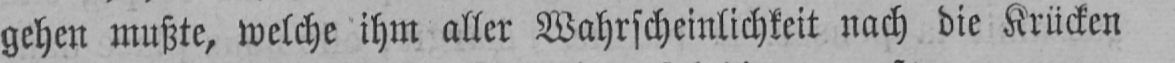
gehen mußte, welche ihm aller Wahrscheinlichkeit nach die Krücken